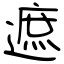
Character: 遮